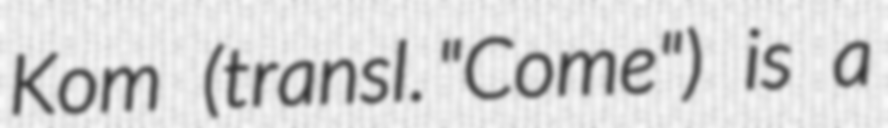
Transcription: Kom (transl. "Come") is a